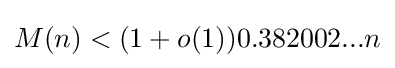
M(n)<(1+o(1))0.382002...n